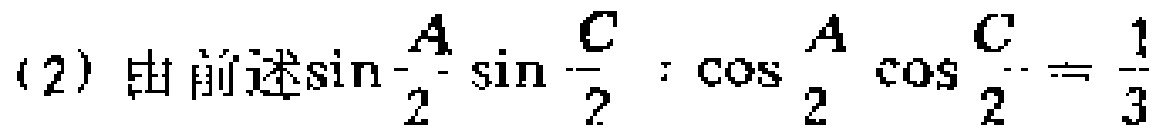
(2) 由前述$\sin\frac{A}{2}\sin\frac{C}{2}:\cos\frac{A}{2}\cos\frac{C}{2}=\frac{1}{3}$